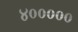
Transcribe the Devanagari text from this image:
४०००००